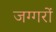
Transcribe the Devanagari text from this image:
जग्गरों